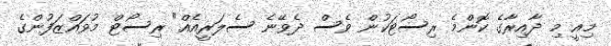
މިއީ މި ދާއިރާގެ ކޮންމެ ރިސޯޓަކުން ވެސް ދެވޭނެ ސެލަރީއެއް" ރިސޯޓް މުވައްޒަފުންގެ